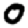
Digit: 0